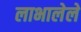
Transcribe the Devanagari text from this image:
लाभालेले